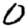
Digit: 0